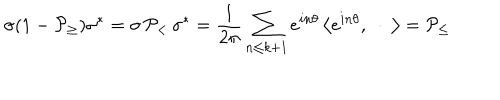
\sigma ( 1 - { \cal P } _ { \geq } ) \sigma ^ { * } = \sigma \, { \cal P } _ { < } \, \sigma ^ { * } = \frac 1 { 2 \pi } \sum _ { n \leq k + 1 } e ^ { i n \theta } \left\langle e ^ { i n \theta } , \ \cdot \ \right\rangle = { \cal P } _ { \leq }